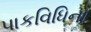
પાકવિધિનો